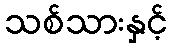
သစ်သားနှင့်